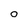
Character: O